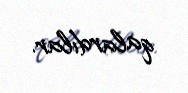
qalardılar.